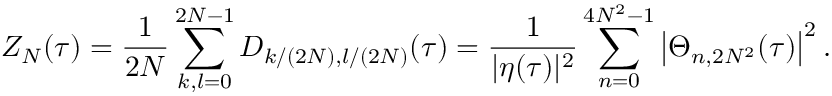
Z _ { N } ( \tau ) = \frac 1 { 2 N } \sum _ { k , l = 0 } ^ { 2 N - 1 } D _ { k / ( 2 N ) , l / ( 2 N ) } ( \tau ) = \frac 1 { | \eta ( \tau ) | ^ { 2 } } \sum _ { n = 0 } ^ { 4 N ^ { 2 } - 1 } \left| \Theta _ { n , 2 N ^ { 2 } } ( \tau ) \right| ^ { 2 } .